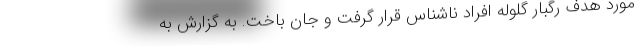
مورد هدف رگبار گلوله افراد ناشناس قرار گرفت و جان باخت. به گزارش به